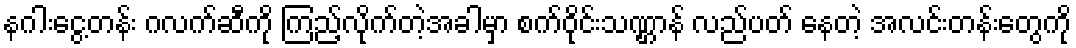
နဂါးငွေ့တန်း ဂလက်ဆီကို ကြည့်လိုက်တဲ့အခါမှာ စက်ဝိုင်းသဏ္ဌာန် လည်ပတ် နေတဲ့ အလင်းတန်းတွေကို